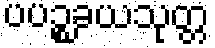
ပပဉ္စခယသုတ္တ